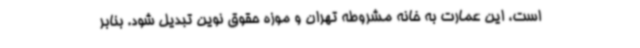
است، این عمارت به خانه مشروطه تهران و موزه حقوق نوین تبدیل شود. بنابر